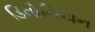
ડિવોનિયન